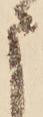
申